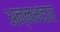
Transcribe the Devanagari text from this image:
अन्नभंडार